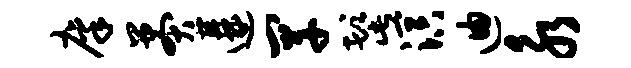
廪莽遘罕髭溟迪永